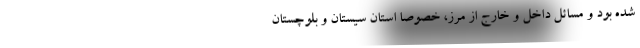
شده بود و مسائل داخل و خارج از مرز، خصوصا استان سیستان و بلوچستان